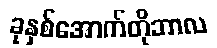
ခုနှစ်အောက်တိုဘာလ